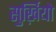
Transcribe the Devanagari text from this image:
सुर्ख़ियो